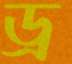
ড্র